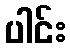
ပါင်း